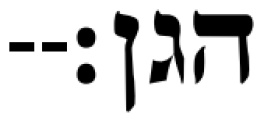
הגן׃--